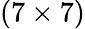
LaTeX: (7\times 7)